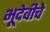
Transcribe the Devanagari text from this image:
भूदेवीचे